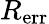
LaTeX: R_{\mathrm{err}}